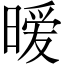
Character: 暧